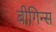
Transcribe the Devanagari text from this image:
बीगिन्स